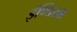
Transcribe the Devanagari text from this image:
इंण्डिखा